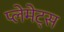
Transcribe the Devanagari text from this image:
प्लेमेट्स